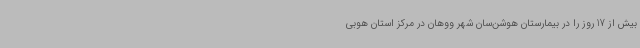
بیش از 17 روز را در بیمارستان هوشن‌سان شهر ووهان در مرکز استان هوبی